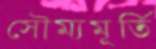
সৌম্যমূর্তি